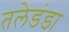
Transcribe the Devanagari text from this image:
तलेडंडा